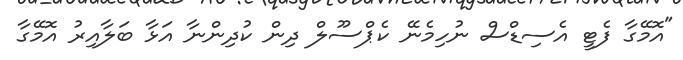
"އޮމޭގާ ފެޓީ އެސިޑްސް ނުހިމެނޭ ކެޕްސޫލް ދިން ކުދިންނާ އަޅާ ބަލާއިރު އޮމޭގާ